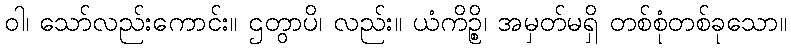
ဝါ၊ သော်လည်းကောင်း။ ဌတွာပိ၊ လည်း။ ယံကိဉ္စိ၊ အမှတ်မရှိ တစ်စုံတစ်ခုသော။